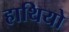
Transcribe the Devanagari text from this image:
हाथियो